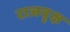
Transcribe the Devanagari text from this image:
राजवृक्ष